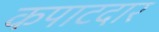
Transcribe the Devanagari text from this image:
कपाटदार